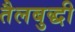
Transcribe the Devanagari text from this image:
तैलबुद्धी